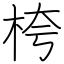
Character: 桍